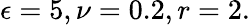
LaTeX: \epsilon=5,\nu=0.2,r=2.